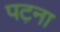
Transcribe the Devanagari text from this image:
पट़ना